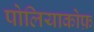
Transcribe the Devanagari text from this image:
पोलियाकोफ़